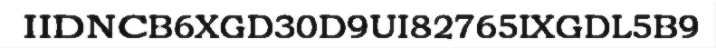
IIDNCB6XGD30D9UI82765IXGDL5B9